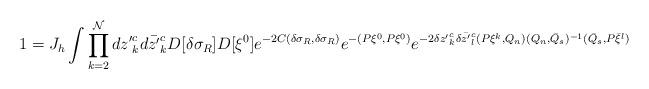
LaTeX: \begin{align*}1=J_h \int \prod_{k=2}^{\cal N} d{z'}^c_k d\bar {z'}^c_kD[\delta \sigma_R]D[\xi^0] e^{-2C(\delta \sigma_R, \delta \sigma_R)} e^{-(P\xi^0, P\xi^0)}e^{-2\delta {z'}^c_k \delta \bar {z'}^c_l(P\xi^{k}, Q_n)(Q_n,\bar Q_s)^{-1}(\bar Q_s, P\bar \xi^{l})}\end{align*}